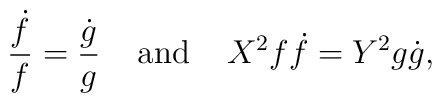
\frac{\dot{f}}{f}=\frac{\dot{g}}{g}\;\;\;\;{\mbox{and}}\;\;\;\;X^2 f\dot{f}=Y^2 g\dot{g},